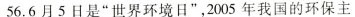
56.6月5日是”世界环境日”，2005年我国的环保主